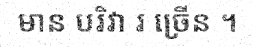
មាន បរិវា រ ច្រើន ។